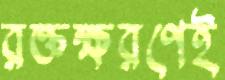
রক্তক্ষরণেই